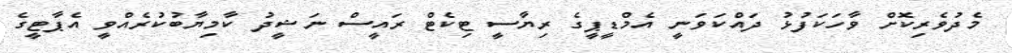
މެދުވެރިކޮށް ވާހަކަފުޅު ދައްކަވަނީ އެމްޑީޕީގެ ރިޔާސީ ޓިކެޓް ރައީސް ނަޝީދު ކާމިޔާބުކުރެއްވީ އެޕާޓީގެ